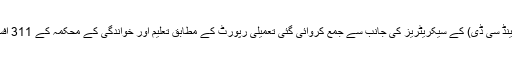
عدالت میں سروسز، جنرل ایڈمنسٹریشن اور کو آرڈینیشن ڈپارٹمنٹ (ایس جی اے اینڈ سی ڈی) کے سیکریٹریز کی جانب سے جمع کروائی گئی تعمیلی رپورٹ کے مطابق تعلیم اور خواندگی کے محکمہ کے 311 افسران و ملازمین سرفہرست ہیں، جو رضاکارانہ واپسی اسکیم میں شامل ہوئے ہیں۔